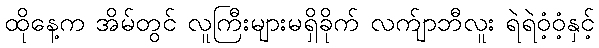
ထိုနေ့က အိမ်တွင် လူကြီးများမရှိခိုက် လက်ျာဘီလူး ရဲရဲဝံ့ဝံ့နှင့်